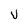
Character: v